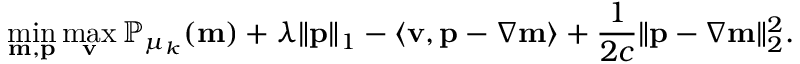
\operatorname* { m i n } _ { \mathbf { m } , \mathbf { p } } \operatorname* { m a x } _ { \mathbf { v } } \mathbb { P } _ { \mu _ { k } } ( \mathbf { m } ) + \lambda \| \mathbf { p } \| _ { 1 } - \left\langle \mathbf { v } , \mathbf { p } - \nabla \mathbf { m } \right\rangle + \frac { 1 } { 2 c } \| \mathbf { p } - \nabla \mathbf { m } \| _ { 2 } ^ { 2 } .